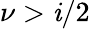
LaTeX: \nu>\mathit{i}/2